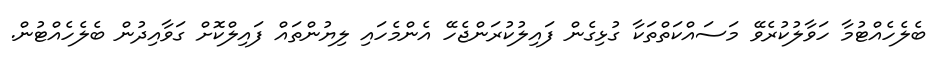
ބެލެހެއްޓުމާ ހަވާލުކުރެވޭ މަސައްކަތްތަކާ ގުޅިގެން ފައިލުކުރަންޖެހޭ އެންމެހައި ލިޔުންތައް ފައިލްކޮށް ގަވާއިދުން ބެލެހެއްޓުން.